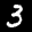
Label: 3